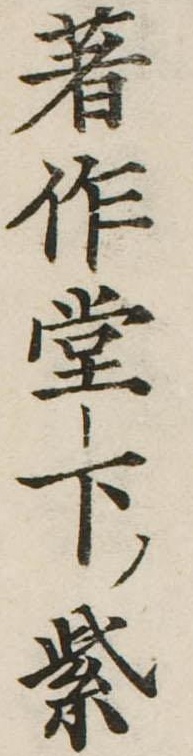
著作堂下紫